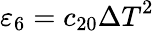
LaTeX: {{\varepsilon}_{6}}={{c}_{20}}{{\Delta T}^{2}}